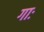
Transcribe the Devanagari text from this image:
गाः